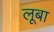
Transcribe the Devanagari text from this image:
लूबा